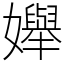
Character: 𡤒